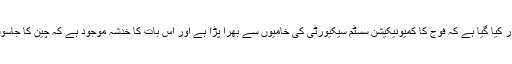
بھارتی اخبار ’’ہندوستان ٹائمز‘‘ کی رپورٹ کے مطابق مودی سرکار کو خبردار کیا گیا ہے کہ فوج کا کمیونیکیشن سسٹم سیکیورٹی کی خامیوں سے بھرا پڑا ہے اور اس بات کا خدشہ موجود ہے کہ چین کا جاسوسی سافٹ ویئر پہلے ہی بھارت کے ملٹری نیٹ ورک میں سرایت کر چکا ہے۔